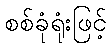
စစ်ခုံရုံးဖြင့်